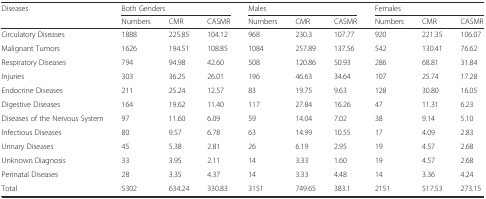
<table><thead><tr><td rowspan="2"><b>Diseases</b></td><td colspan="3"><b>Both Genders</b></td><td colspan="3"><b>Males</b></td><td colspan="3"><b>Females</b></td></tr><tr><td><b>Numbers</b></td><td><b>CMR</b></td><td><b>CASMR</b></td><td><b>Numbers</b></td><td><b>CMR</b></td><td><b>CASMR</b></td><td><b>Numbers</b></td><td><b>CMR</b></td><td><b>CASMR</b></td></tr></thead><tbody><tr><td>Circulatory Diseases</td><td>1888</td><td>225.85</td><td>104.12</td><td>968</td><td>230.3</td><td>107.77</td><td>920</td><td>221.35</td><td>106.07</td></tr><tr><td>Malignant Tumors</td><td>1626</td><td>194.51</td><td>108.85</td><td>1084</td><td>257.89</td><td>137.56</td><td>542</td><td>130.41</td><td>76.62</td></tr><tr><td>Respiratory Diseases</td><td>794</td><td>94.98</td><td>42.60</td><td>508</td><td>120.86</td><td>50.93</td><td>286</td><td>68.81</td><td>31.84</td></tr><tr><td>Injuries</td><td>303</td><td>36.25</td><td>26.01</td><td>196</td><td>46.63</td><td>34.64</td><td>107</td><td>25.74</td><td>17.28</td></tr><tr><td>Endocrine Diseases</td><td>211</td><td>25.24</td><td>12.57</td><td>83</td><td>19.75</td><td>9.63</td><td>128</td><td>30.80</td><td>16.05</td></tr><tr><td>Digestive Diseases</td><td>164</td><td>19.62</td><td>11.40</td><td>117</td><td>27.84</td><td>16.26</td><td>47</td><td>11.31</td><td>6.23</td></tr><tr><td>Diseases of the Nervous System</td><td>97</td><td>11.60</td><td>6.09</td><td>59</td><td>14.04</td><td>7.02</td><td>38</td><td>9.14</td><td>5.10</td></tr><tr><td>Infectious Diseases</td><td>80</td><td>9.57</td><td>6.78</td><td>63</td><td>14.99</td><td>10.55</td><td>17</td><td>4.09</td><td>2.83</td></tr><tr><td>Urinary Diseases</td><td>45</td><td>5.38</td><td>2.81</td><td>26</td><td>6.19</td><td>2.95</td><td>19</td><td>4.57</td><td>2.68</td></tr><tr><td>Unknown Diagnosis</td><td>33</td><td>3.95</td><td>2.11</td><td>14</td><td>3.33</td><td>1.60</td><td>19</td><td>4.57</td><td>2.68</td></tr><tr><td>Perinatal Diseases</td><td>28</td><td>3.35</td><td>4.37</td><td>14</td><td>3.33</td><td>4.48</td><td>14</td><td>3.36</td><td>4.24</td></tr><tr><td>Total</td><td>5302</td><td>634.24</td><td>330.83</td><td>3151</td><td>749.65</td><td>383.1</td><td>2151</td><td>517.53</td><td>273.15</td></tr></tbody></table>